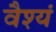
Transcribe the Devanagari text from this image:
वैश्यं